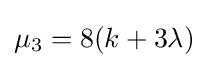
\mu _{3}=8(k+3\lambda )